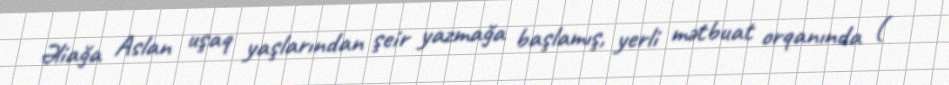
Əliağa Aslan uşaq yaşlarından şeir yazmağa başlamış, yerli mətbuat orqanında (